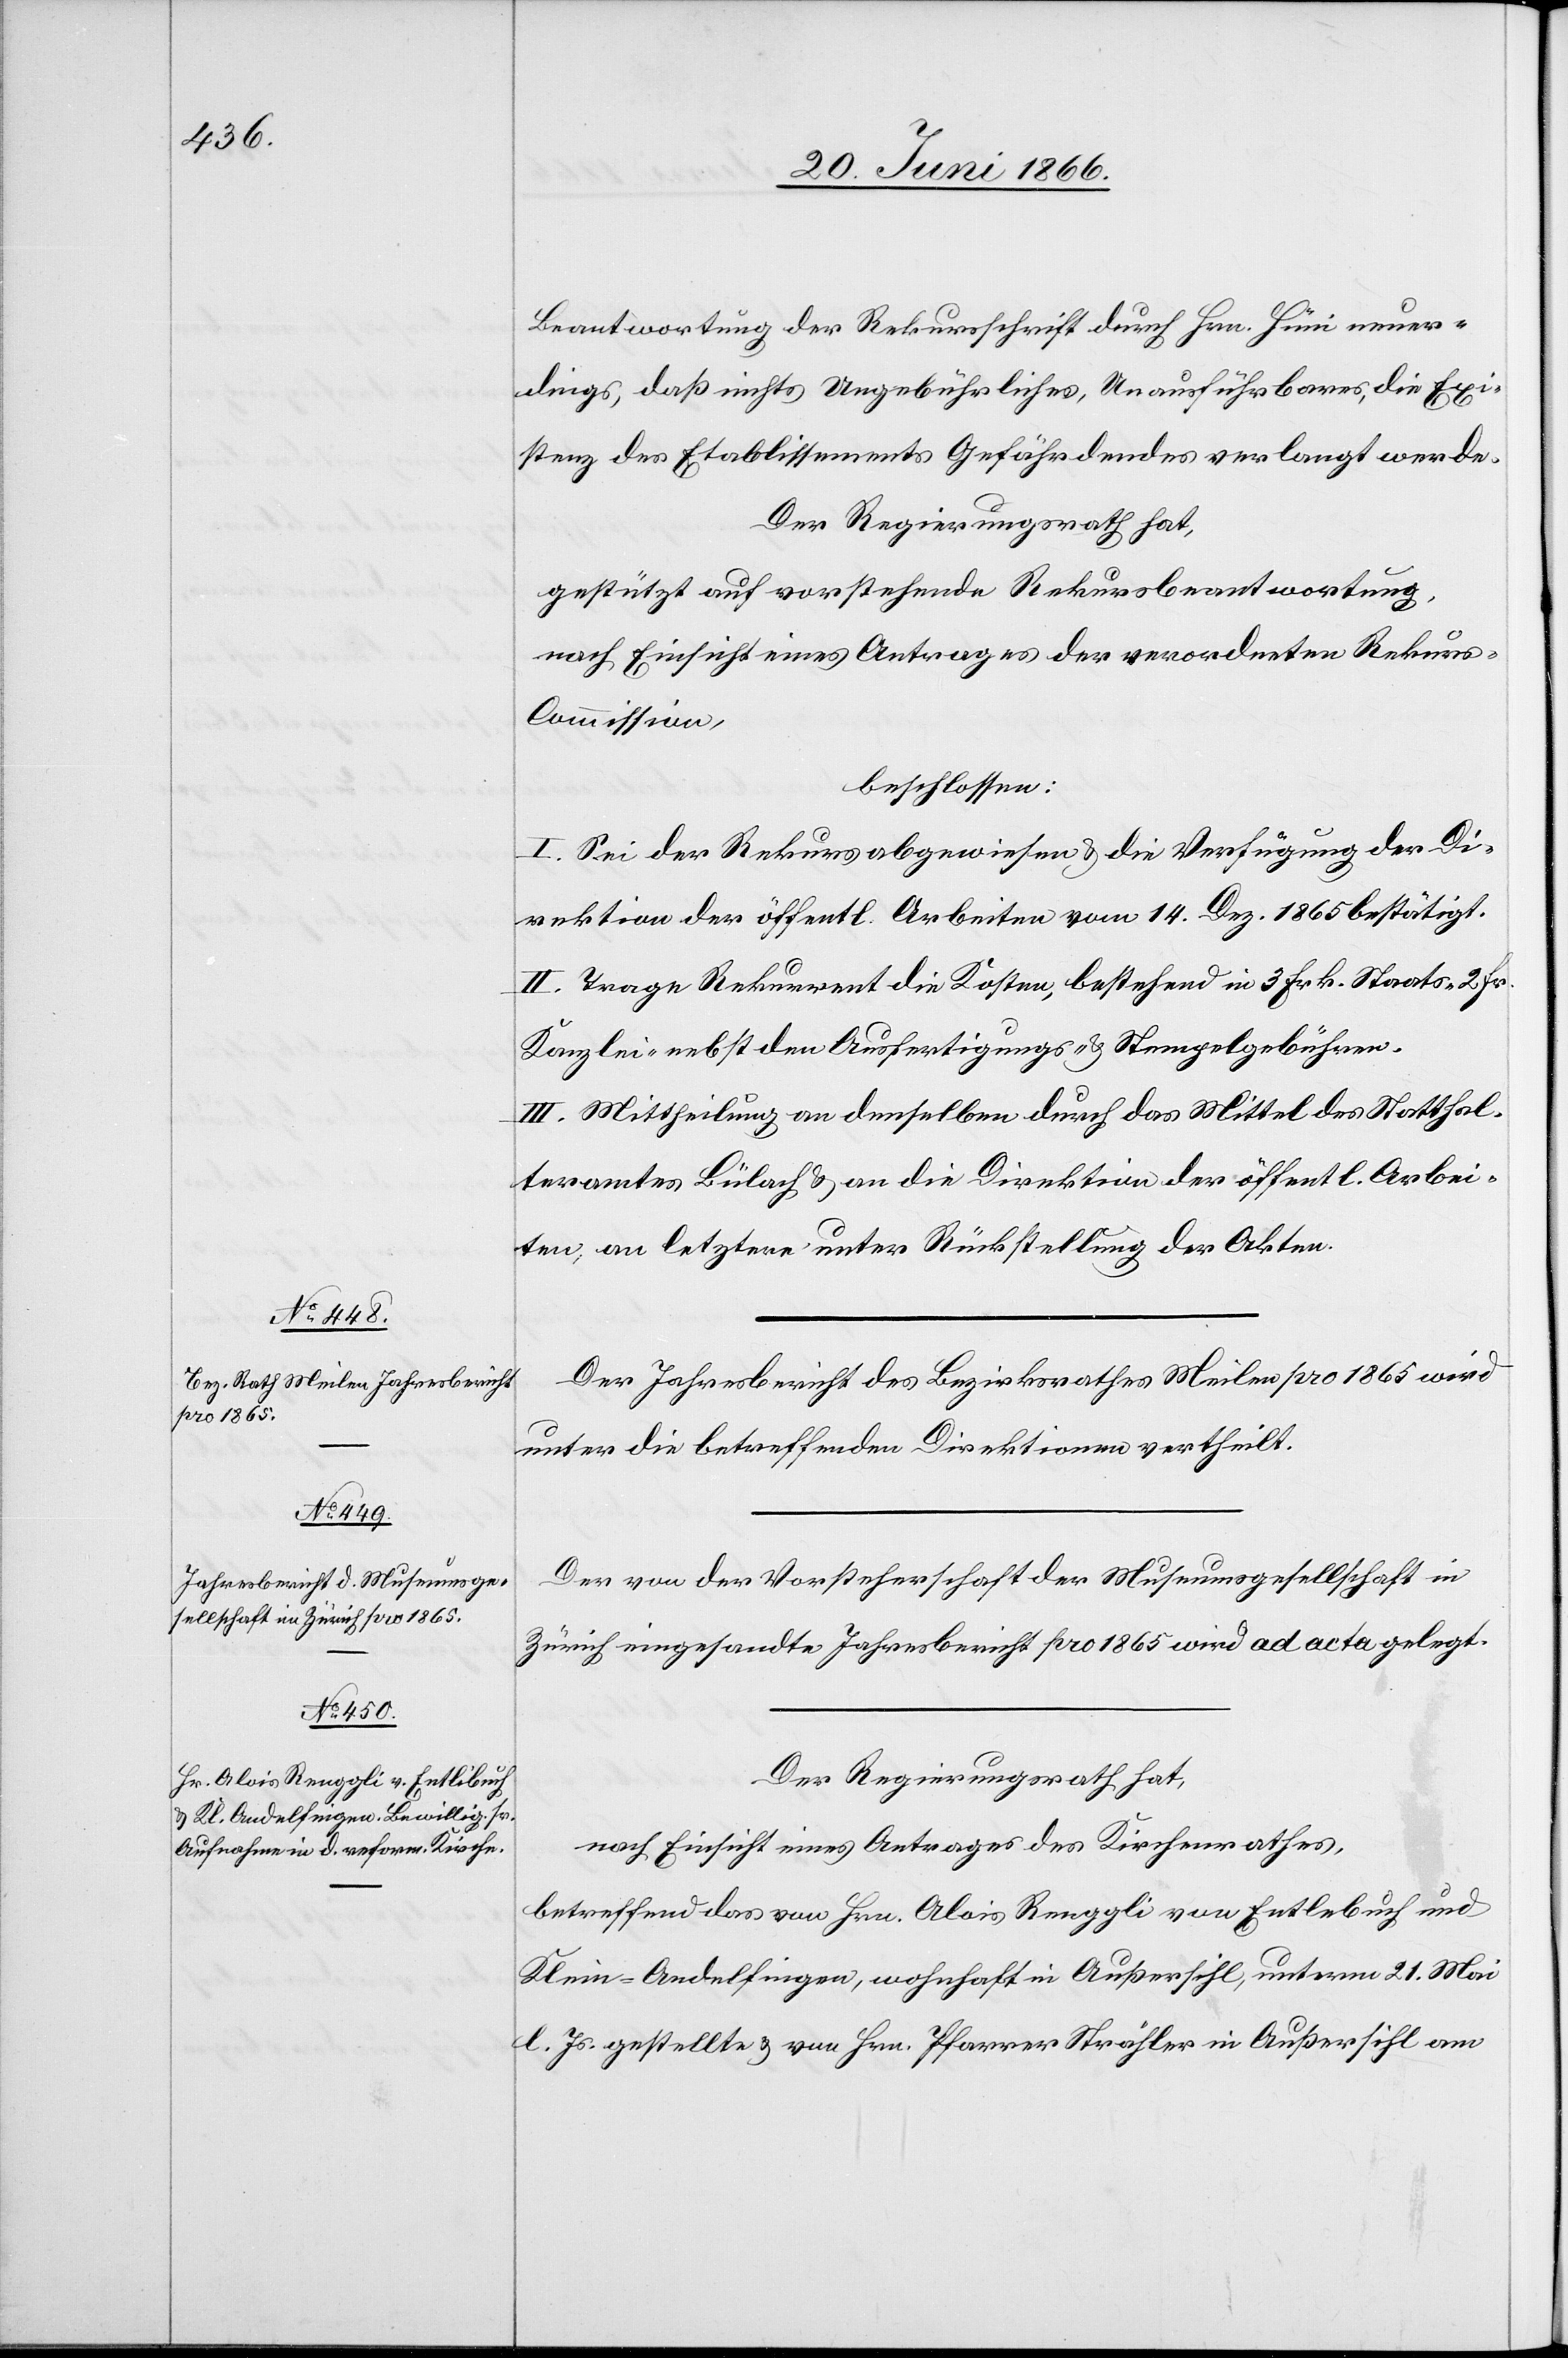
Beantwortung der Rekursschrift durch Hrn. Hüni neuer¬
dings, daß nichts Ungebührliches, Unausführbares, die Exi¬
stenz des Etablissements Gefährdendes verlangt werde.
Der Regierungsrath hat,
gestützt auf vorstehende Rekursbeantwortung,
nach Einsicht eines Antrages der verordneten Rekur¬
s-Commission,
beschlossen:
I. Sei der Rekurs abgewiesen u. die Verfügung der Di¬
rektionen der öffentl. Arbeiten vom 14. Dez. 1865 bestätigt.
II. Trage Rekurrent die Kosten, bestehend in 3 Frk. Staats-[,] 2 Fr.
Kanzlei- nebst den Ausfertigungs- u. Stempelgebühren.
III. Mittheilung an denselben durch das Mittel des Statthal¬
teramtes Bülach u. an die Direktion der öffentl. Arbei¬
ten, an letztere unter Rückstellung der Akten.
Der Jahresbericht des Bezirksrathes Meilen pro 1865 wird
unter die betreffenden Direktionen vertheilt.
Der von der Vorsteherschaft der Museumsgesellschaft in
Zürich eingesandte Jahresbericht pro 1865 wird ad acta gelegt.
Der Regierungsrath hat,
nach Einsicht eines Antrages des Kirchenrathes,
betreffend das von Hrn. Alois Reuppli von Entlebuch und
Klein-Andelfingen, wohnhaft in Außersihl, unterm 21. Mai
l. Js. gestellte u. von Hrn. Pfarrer Strähler in Außersihl am